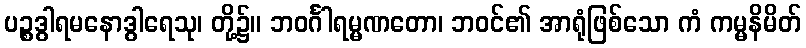
ပဉ္စဒွါရမနောဒွါရေသု၊ တို့၌။ ဘဝင်္ဂါရမ္မဏတော၊ ဘဝင်၏ အာရုံဖြစ်သော ကံ ကမ္မနိမိတ်